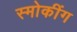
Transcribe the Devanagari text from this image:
स्मोकींग